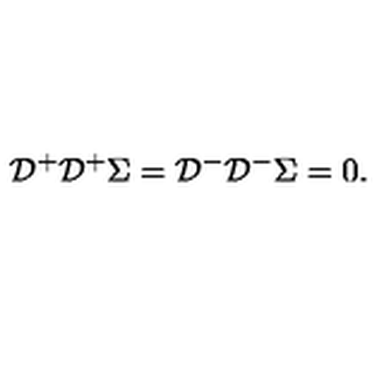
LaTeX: { \cal D } ^ { + } { \cal D } ^ { + } \Sigma = { \cal D } ^ { - } { \cal D } ^ { - } \Sigma = 0 .